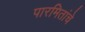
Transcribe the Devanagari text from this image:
पारमितांचे